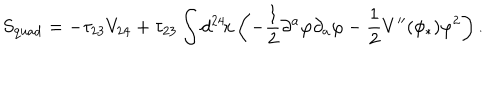
LaTeX: S _ { \mathrm { q u a d } } = - \tau _ { 2 3 } V _ { 2 4 } + \tau _ { 2 3 } \int d ^ { 2 4 } \! x \left( - \frac { 1 } { 2 } \partial ^ { a } \varphi \partial _ { a } \varphi - \frac { 1 } { 2 } V ^ { \prime \prime } ( \phi _ { * } ) \varphi ^ { 2 } \right) .